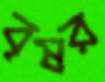
বৃষর